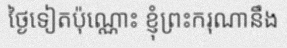
ថ្ងៃទៀតប៉ុណ្ណោះ ខ្ញុំព្រះករុណានឹង